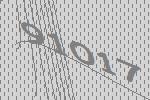
91017